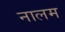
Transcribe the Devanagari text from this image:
नालम